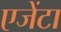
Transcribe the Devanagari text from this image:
एजेंटा